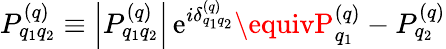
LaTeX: P_{q_{1}q_{2}}^{(q)}\equiv\left|P_{q_{1}q_{2}}^{(q)}\right|\, \mathrm{e}^{i\delta_{q_{1}q_{2}}^{(q)}}\equivP_{q_{1}}^{(q)}-P_{q_{2}}^{(q)}